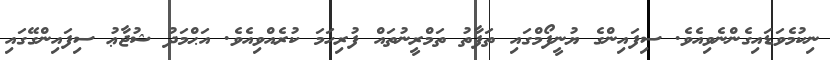
ނިކުމެވަޑައިގެންނެވިއެވެ. ސިފައިންގެ ޔުނީފޯމްގައި ތަފާތު ތަމްރީނުތައް ފުރިހަމަ ކުރެއްވިއެވެ. އަޙްމަދު ޝުޖާޢު ސިފައިންގޭގައި